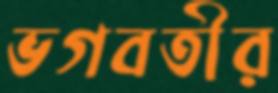
ভগবতীর